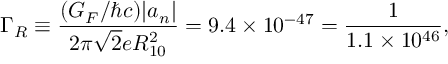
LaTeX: \Gamma _ { R } \equiv \frac { ( G _ { F } / \hbar c ) | a _ { n } | } { 2 \pi \sqrt { 2 } e R _ { 1 0 } ^ { 2 } } = 9 . 4 \times 1 0 ^ { - 4 7 } = \frac { 1 } { 1 . 1 \times 1 0 ^ { 4 6 } } ,